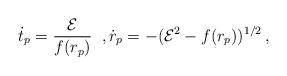
LaTeX: \begin{align*}\dot{t}_p=\frac{\cal E}{f(r_p)}\;\;,\dot{r}_p=-({\cal E}^2-f(r_p))^{1/2}\,,\end{align*}